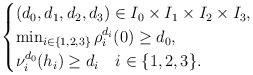
LaTeX: \begin{align*} \begin{cases}(d_0, d_1, d_2, d_3) \in I_0 \times I_1 \times I_2 \times I_3, \\\min_{i \in \{ 1, 2, 3 \}} \rho_i^{d_i} (0) \geq d_0, \\\nu_i^{d_0} (h_i) \geq d_i \ \ \ i \in \{ 1, 2, 3 \}.\end{cases}\end{align*}